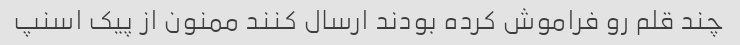
چند قلم رو فراموش کرده بودند ارسال کنند ممنون از پیک اسنپ